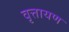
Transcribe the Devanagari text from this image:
वृत्तायण